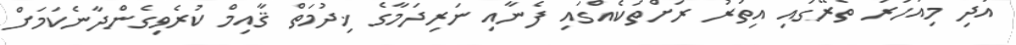
އަދި މިއަހަރު ތެރޭގައި އިތުރު ރަށްތަކެއްގައި ފެނާއި ނަރިދަމާގެ ޚިދުމަތް ޤާއިމް ކުރެވިގެންދާނެކަމަށް